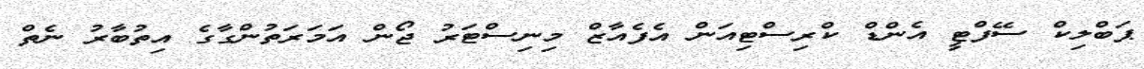
ޕަބްލިކް ސޭފްޓީ އެންޑް ކްރިސްޓިއަން އެފެއާޒް މިނިސްޓަރު ޖޯން އަމަރަތުންގާގެ އިތުބާރު ނެތް